Voisiku_vallavalitsus, lk 641
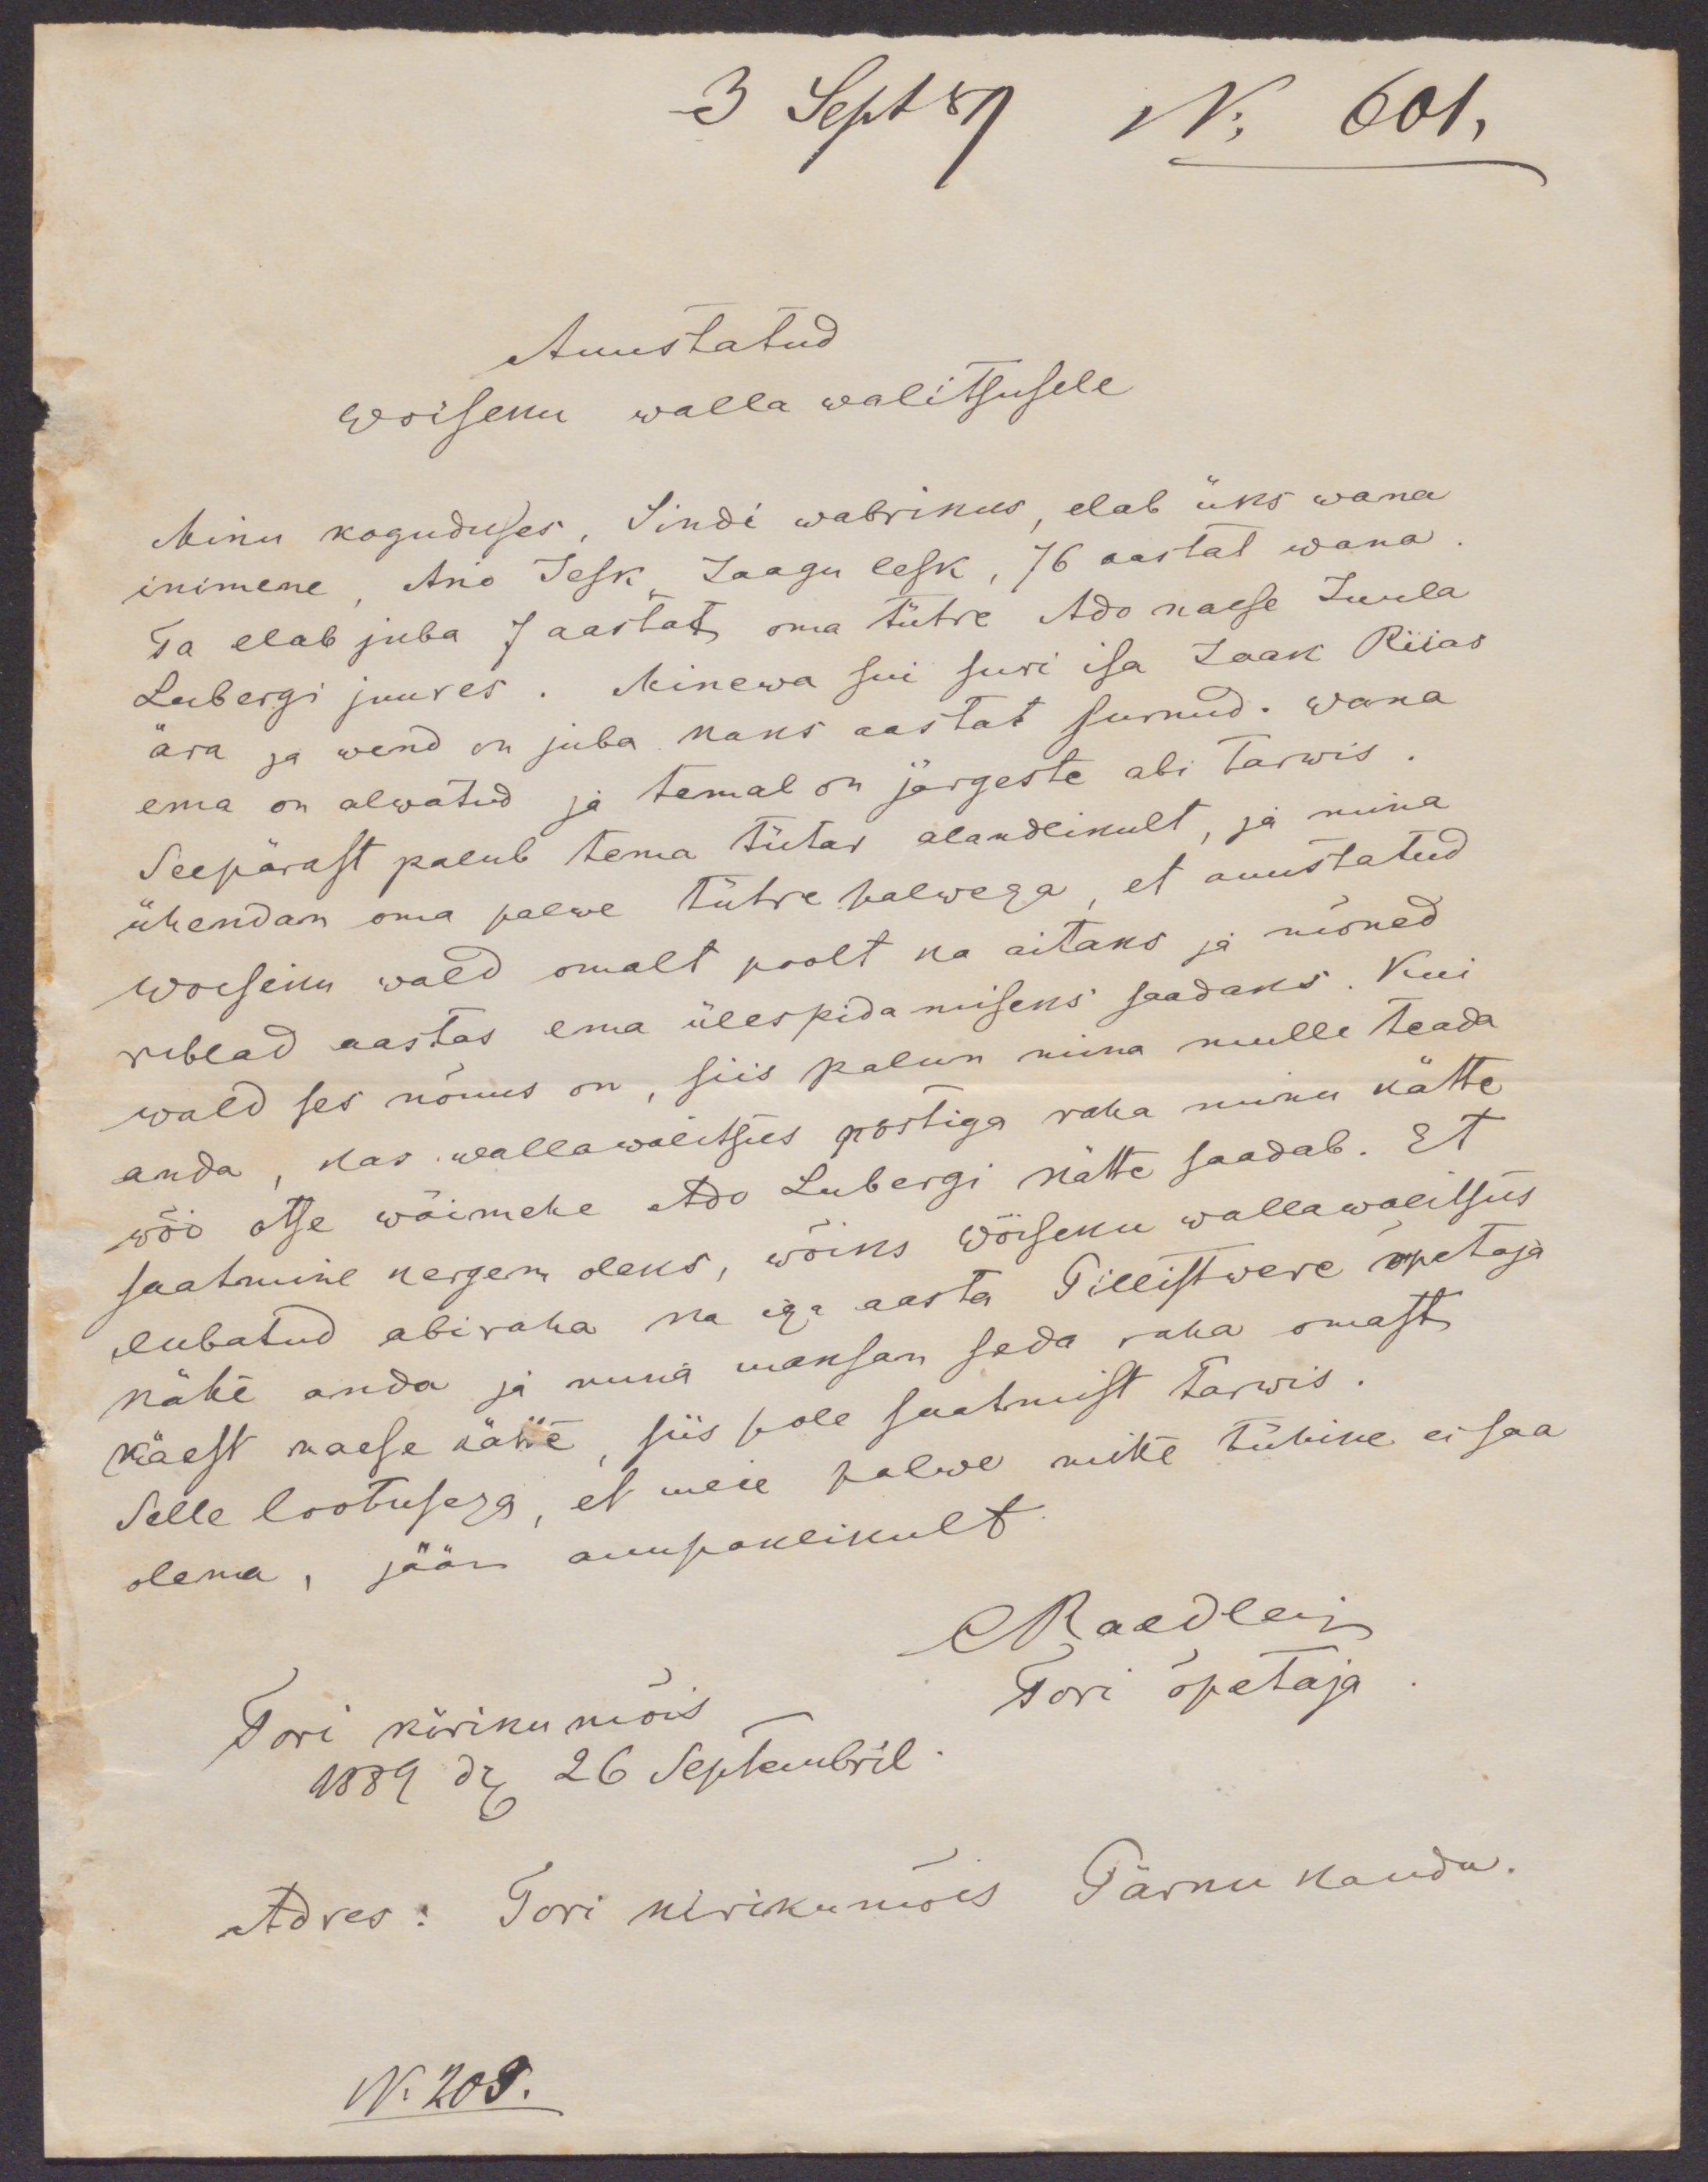
3 Sept 89 No 601,

Auustatud
Woiseku walla walitsusele
Minu koguduses, Sindi wabrikus, elab üks wana
inimene, Ano Jesk, Jaagu lesk, 76 aastat wana
Ta elab juba 7 aastat oma tütre Ado naese Juula
Lubergi juures. Minewa sui suri isa Jaak Riias
ära ja wend on juba kaks aastat surnud. Wana
ema on alwatud ja temal on järgeste abi tarwis.
Seepärast palub tema tütar alandlikult, ja mina
ühendan oma palwe tütre palwega, et auustatud
Woesiko wald omalt poolt ka aitaks ja mõned
rublad aastas ema ülespidamiseks saadaks. Kui
wald ses nõuus on, siis palun mina mulle teada
anda, kas wallawalitsus postiga raha minu kätte
wõi otse wäimehe Ado Lubergi kätta saadab. Et
saatmine kergem oleks, wõiks Wõiseku wallawalitsus
lubatud abiraha ka iga aasta Pillistwere õpetaja
kätte anda ja mina maksan sada raha omast
käest naese kätte, siis pole saatmist tarwis.
Selle lootusega, et meie palwe mitte tühine ei saa
olema, jään auupaklikult.
CRaadlai
Tori kiriku mõis
Tori õpetaja
1889 den 26 Septembril
Adres: Tori kirikumõis Pärnu kaudu.
No 209.